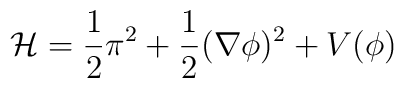
{\cal H}=\frac{1}{2}\pi^2+\frac{1}{2}(\nabla\phi)^2+V(\phi)